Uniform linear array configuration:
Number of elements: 16
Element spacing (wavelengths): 0.25
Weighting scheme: cosine
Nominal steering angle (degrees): -45
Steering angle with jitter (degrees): -43.343
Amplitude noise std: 0.05
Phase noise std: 0.05

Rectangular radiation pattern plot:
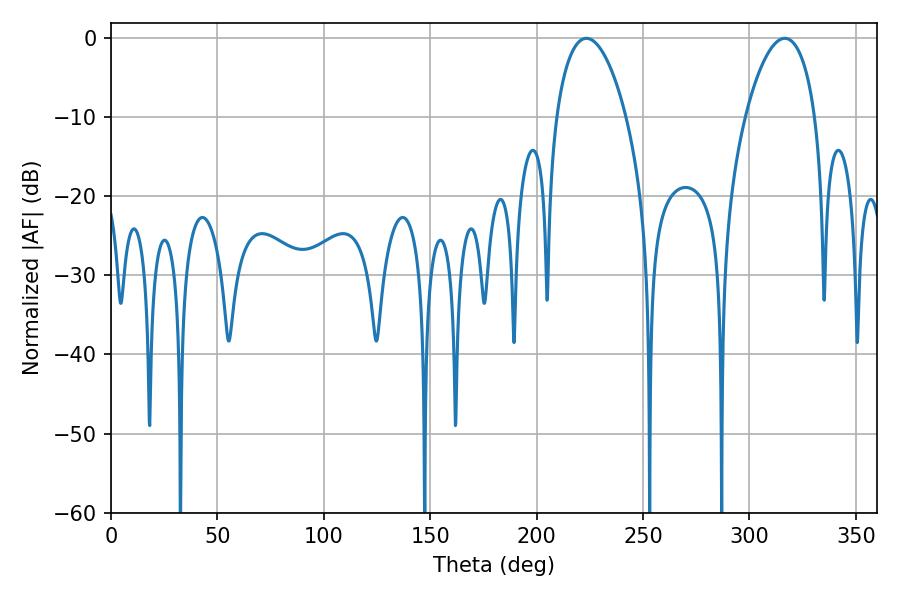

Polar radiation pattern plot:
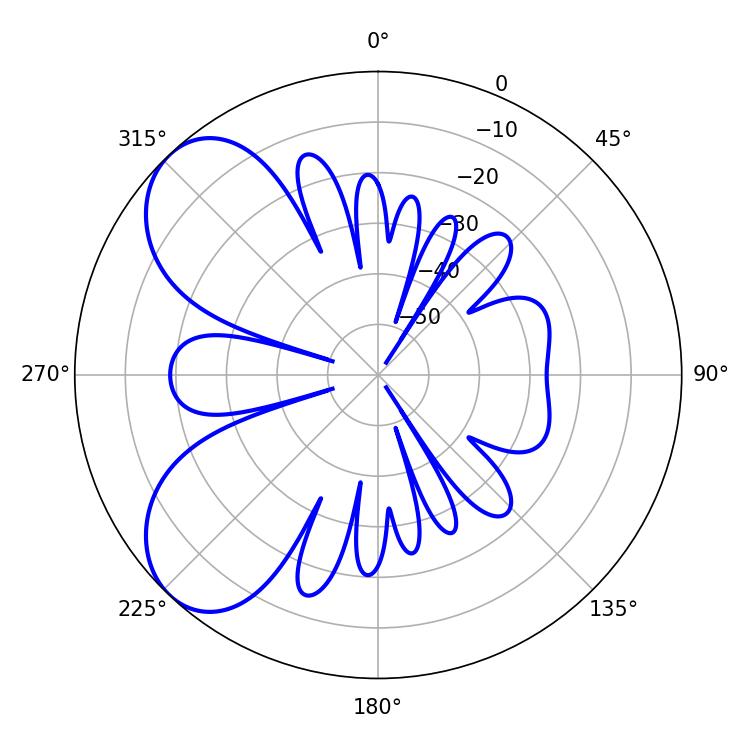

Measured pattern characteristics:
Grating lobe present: FALSE
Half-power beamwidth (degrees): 18.54
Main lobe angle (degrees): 223.38